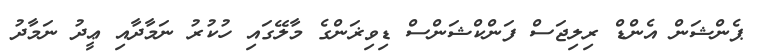
ޕެންޝަން އެންޑް ރިލިޖަސް ފަންކްޝަންސް ޑިވިޜަންގެ މާލޭގައި ހުކުރު ނަމާދާއި ޢީދު ނަމާދު